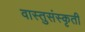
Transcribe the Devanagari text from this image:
वास्तुसंस्कृती